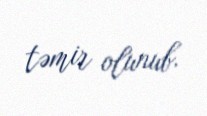
təmir olunub.